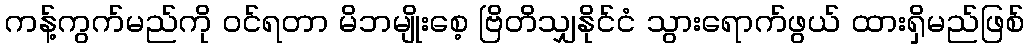
ကန့်ကွက်မည်ကို ဝင်ရတာ မိဘမျိုးစေ့ ဗြိတိသျှနိုင်ငံ သွားရောက်ဖွယ် ထားရှိမည်ဖြစ်